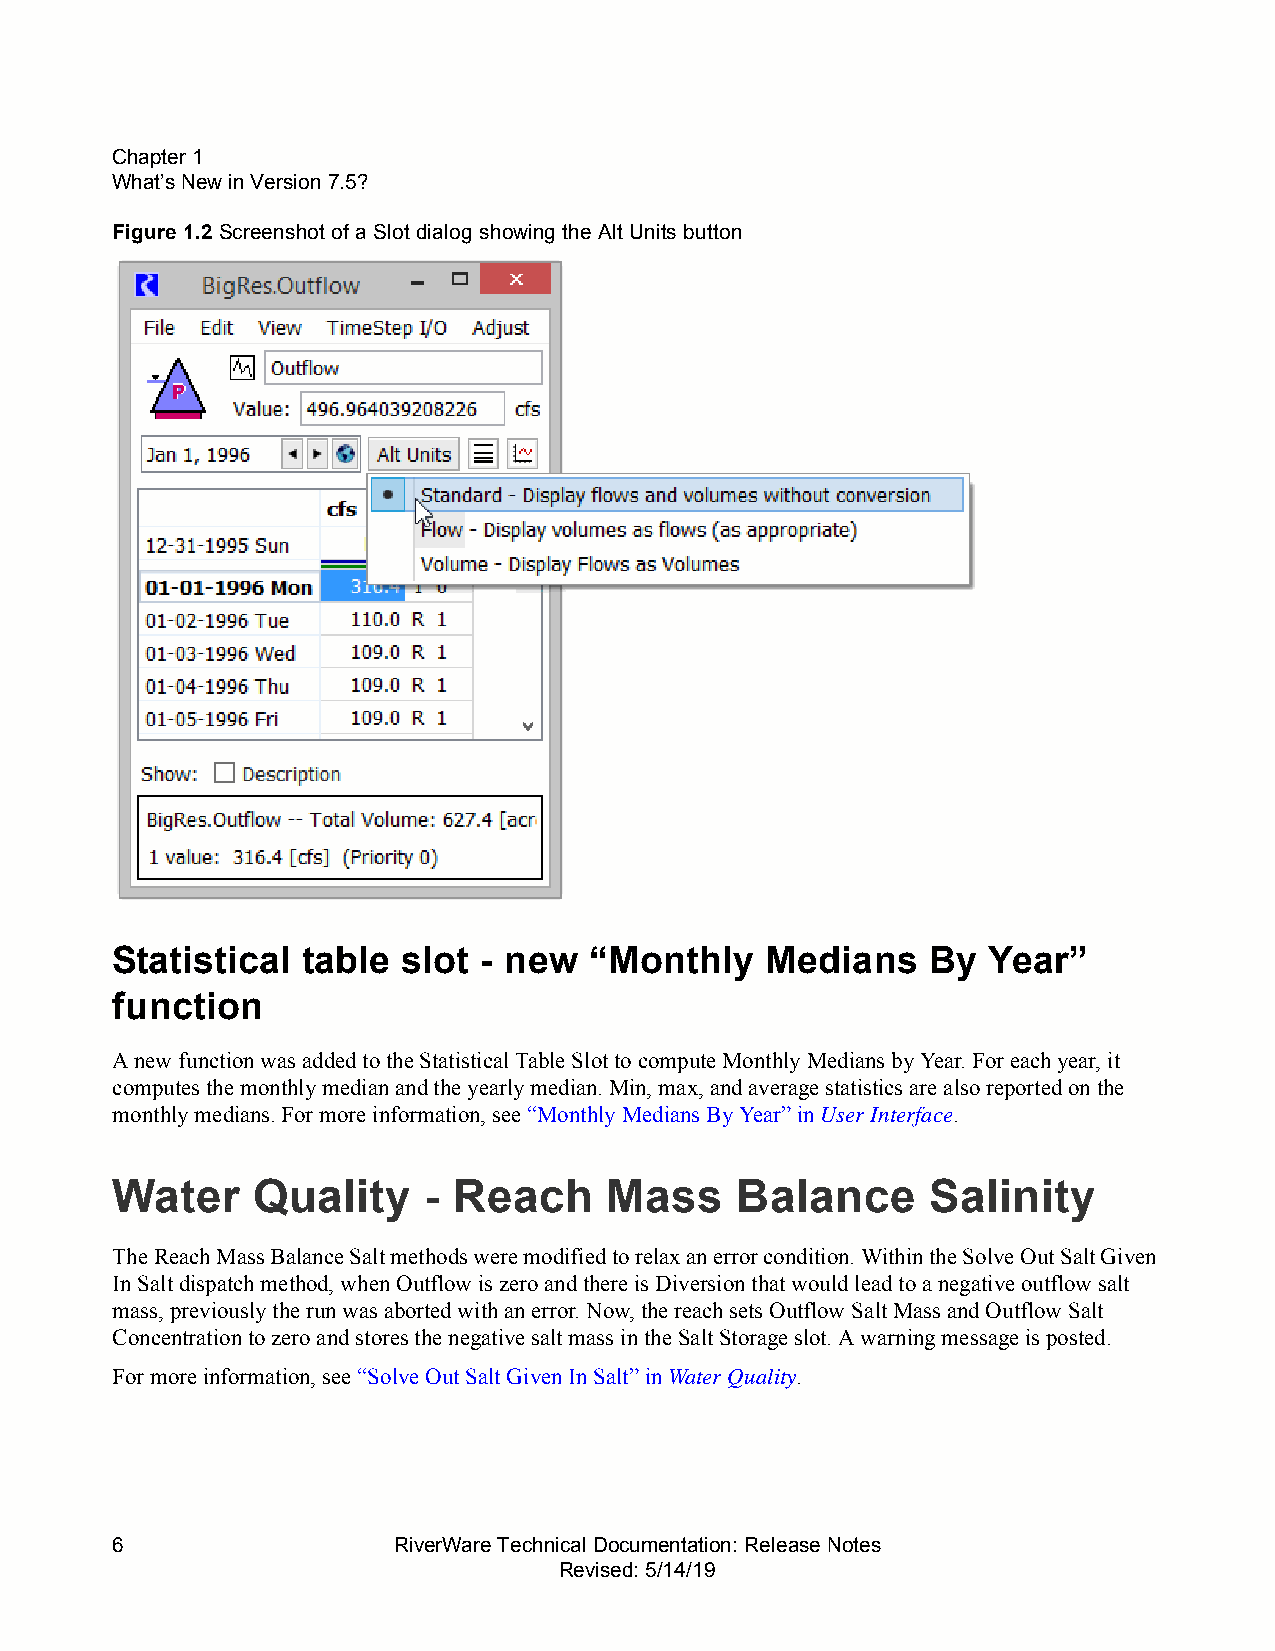
CChhaapptteerr11
 WWhhaatt’’ss NNeeww iinn VVeerrssiioonn77..55??
 Figure1.2 Screenshot of a Slot dialog showing the Alt Units button
 Statistical  table  slot - new  “Monthly    Medians   By  Year”
 function
 A new function was added to the Statistical Table Slot to compute Monthly Medians by Year. For each year, it
 computes the monthly median and the yearly median. Min, max, and average statistics are also reported on the
 monthly medians. For more information, see “Monthly Medians By Year” in User Interface.
 Water     Quality    - Reach     Mass     Balance     Salinity
 The Reach Mass Balance Salt methods were modified to relax an error condition. Within the Solve Out Salt Given
 In Salt dispatch method, when Outflow is zero and there is Diversion that would lead to a negative outflow salt
 mass, previously the run was aborted with an error. Now, the reach sets Outflow Salt Mass and Outflow Salt
 Concentration to zero and stores the negative salt mass in the Salt Storage slot. A warning message is posted.
 For more information, see “Solve Out Salt Given In Salt” in Water Quality.
 6                  RiverWare Technical Documentation: Release Notes
 Revised: 5/14/19